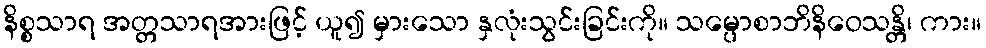
နိစ္စသာရ အတ္တသာရအားဖြင့် ယူ၍ မှားသော နှလုံးသွင်းခြင်းကို။ သမ္ပောစာဘိနိဝေသန္တိ၊ ကား။